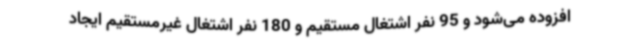
افزوده می‌شود و 95 نفر اشتغال مستقیم و 180 نفر اشتغال غیرمستقیم ایجاد